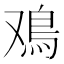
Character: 鳮